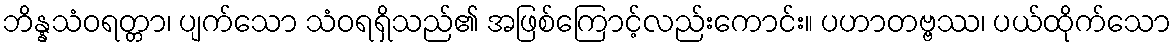
ဘိန္နသံဝရတ္တာ၊ ပျက်သော သံဝရရှိသည်၏ အဖြစ်ကြောင့်လည်းကောင်း။ ပဟာတဗ္ဗဿ၊ ပယ်ထိုက်သော